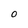
Character: 0